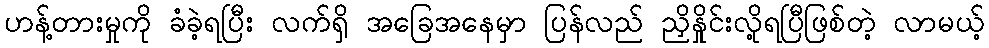
ဟန့်တားမှုကို ခံခဲ့ရပြီး လက်ရှိ အခြေအနေမှာ ပြန်လည် ညှိနှိုင်းလို့ရပြီဖြစ်တဲ့ လာမယ့်